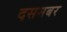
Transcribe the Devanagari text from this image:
दसमबर